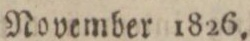
November 1826.